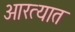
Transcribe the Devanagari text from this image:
आरत्यात